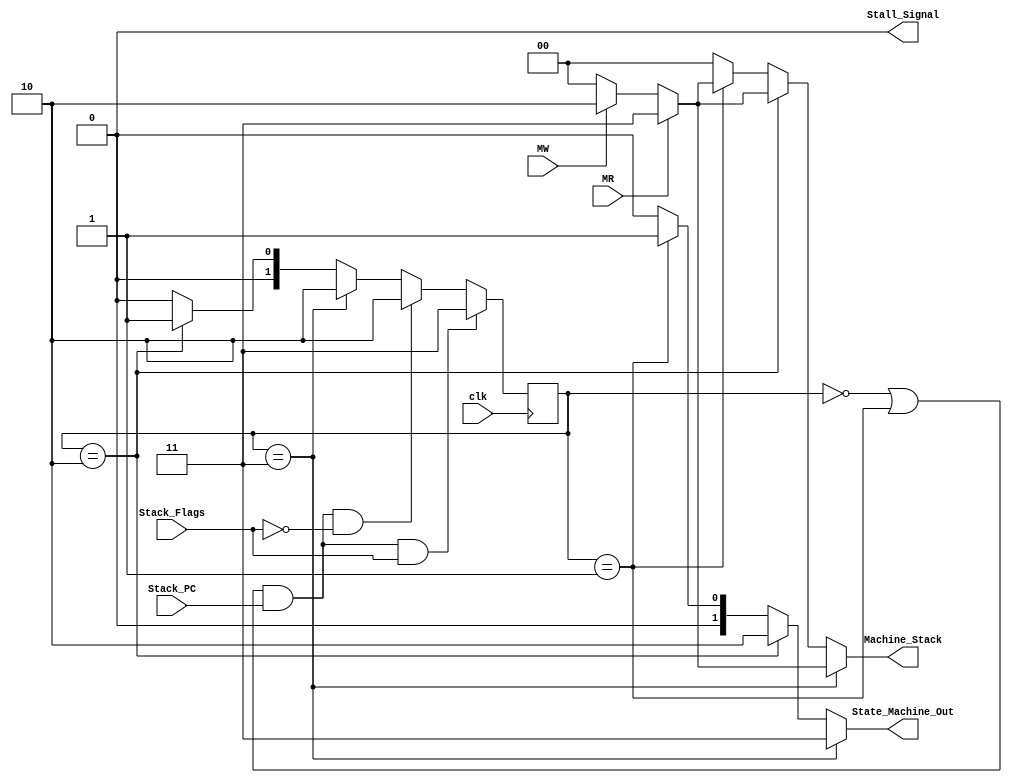
module State_Machine (
    clk,Stack_PC,Stack_Flags,MR,MW,State_Machine_Out,Machine_Stack,Stall_Signal
);
    input Stack_PC,Stack_Flags,MR,MW,clk;
    output reg [1:0] State_Machine_Out,Machine_Stack;
    output reg Stall_Signal;
    reg [1:0] State_Next,State_Reg;
    
    initial begin
        State_Reg=2'b00;
        State_Next=2'b00;
        Machine_Stack = 2'b00;
        Stall_Signal=1'b0;
    end

    // assign {Stack_PC,Stack_Flags} = (State_Machine_Out===2'b01 )?2'b00:{Stack_PC,Stack_Flags};
    

    always @(negedge clk) begin
        if((State_Reg==2'b00 || State_Reg==2'b01) && Stack_PC==1'b1 && Stack_Flags==1'b1)
        begin
            State_Reg=2'b11;
            Stall_Signal=1'b1;
        end
        else if((State_Reg==2'b00 || State_Reg==2'b01) && Stack_PC==1'b1 && Stack_Flags==1'b0)
        begin
            State_Reg=2'b10;
            Stall_Signal=1'b1;
        end
        else
        begin
            State_Reg=State_Next;
        end
    end

    always @(State_Reg) begin
        if(State_Reg== 2'b11)
        begin
            State_Next=2'b10;
            State_Machine_Out= 2'b11;
            if(MR)
                Machine_Stack=2'b11;
            else if(MW)
                Machine_Stack=2'b10;
            else
                Machine_Stack=2'b00;
        end
        else if(State_Reg== 2'b10)
        begin
            State_Next=2'b01;
            State_Machine_Out= 2'b10;
             if(MR)
                Machine_Stack=2'b11;
            else if(MW)
                Machine_Stack=2'b10;
            else
                Machine_Stack=2'b00;
        end
        else if(State_Reg== 2'b01)
        begin
            Stall_Signal=1'b0;
            State_Next=2'b00;
            State_Machine_Out= 2'b01;
              if(MR)
                Machine_Stack=2'b11;
            else if(MW)
                Machine_Stack=2'b10;
            else
                Machine_Stack=2'b00;
        end
        else
        begin
            Stall_Signal=1'b0;
            State_Machine_Out= 2'b00;
            Machine_Stack=2'b00;
            State_Next = 2'b00;
        end
    end

endmodule